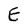
Character: E